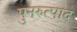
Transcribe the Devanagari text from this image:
पुनरुत्पाद